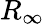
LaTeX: R_{\infty}